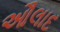
ઔલાદ